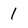
Character: 1